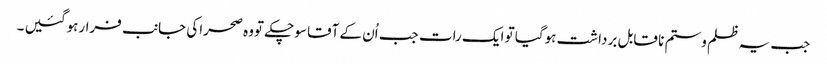
جب یہ ظلم وستم نا قابل برداشت ہوگیا تو ایک رات جب اُن کے آقا سوچکے تووہ صحراکی جانب فرارہوگئیں ۔